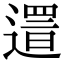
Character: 𨖞